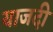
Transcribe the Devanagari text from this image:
याजदी